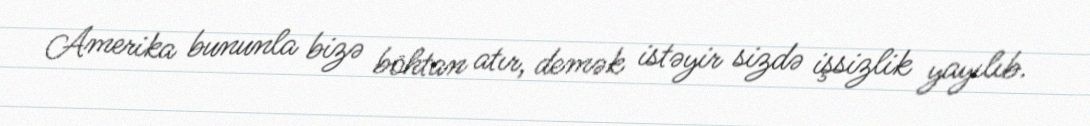
Amerika bununla bizə böhtan atır, demək istəyir sizdə işsizlik yayılıb.